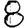
Digit: 8